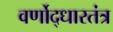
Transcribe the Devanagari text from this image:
वर्णोद्धारतंत्र